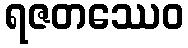
ရဇတဿေဝ